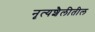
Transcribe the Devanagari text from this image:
नृत्यशैलीतील